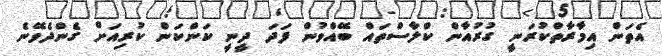
އެތަން އިމާރާތްކުރަނީ ގުރުއާން ކްލާސްތައް ބޭއްވުން ފަދަ ދީނީ ކަންކަން ކުރިއަށް ގެންދެވޭނެ